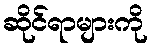
ဆိုင်ရာများကို